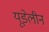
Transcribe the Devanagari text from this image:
यूडेलीन